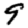
Digit: 9